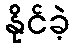
နိုင်ခဲ့